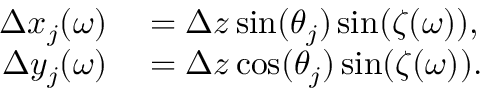
\begin{array} { r l } { \Delta x _ { j } ( \omega ) } & { { } = \Delta z \sin ( \theta _ { j } ) \sin ( \zeta ( \omega ) ) , } \\ { \Delta y _ { j } ( \omega ) } & { { } = \Delta z \cos ( \theta _ { j } ) \sin ( \zeta ( \omega ) ) . } \end{array}